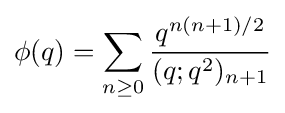
\phi (q)=\sum _{n\geq 0}{\frac {q^{n(n+1)/2}}{(q;q^{2})_{n+1}}}